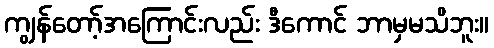
ကျွန်တော့်အကြောင်းလည်း ဒီကောင် ဘာမှမသိဘူး။